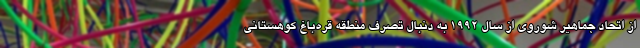
از اتحاد جماهیر شوروی از سال ۱۹۹۲ به دنبال تصرف منطقه قره‌باغ کوهستانی